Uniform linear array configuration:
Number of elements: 48
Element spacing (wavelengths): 1
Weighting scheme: hann
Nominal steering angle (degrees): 60
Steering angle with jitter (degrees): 60.008
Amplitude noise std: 0.05
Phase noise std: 0.05

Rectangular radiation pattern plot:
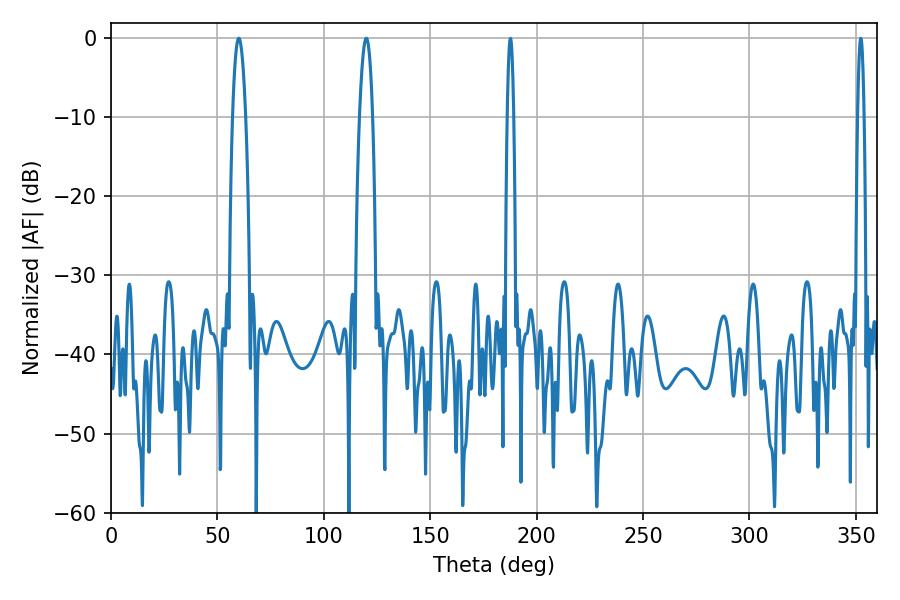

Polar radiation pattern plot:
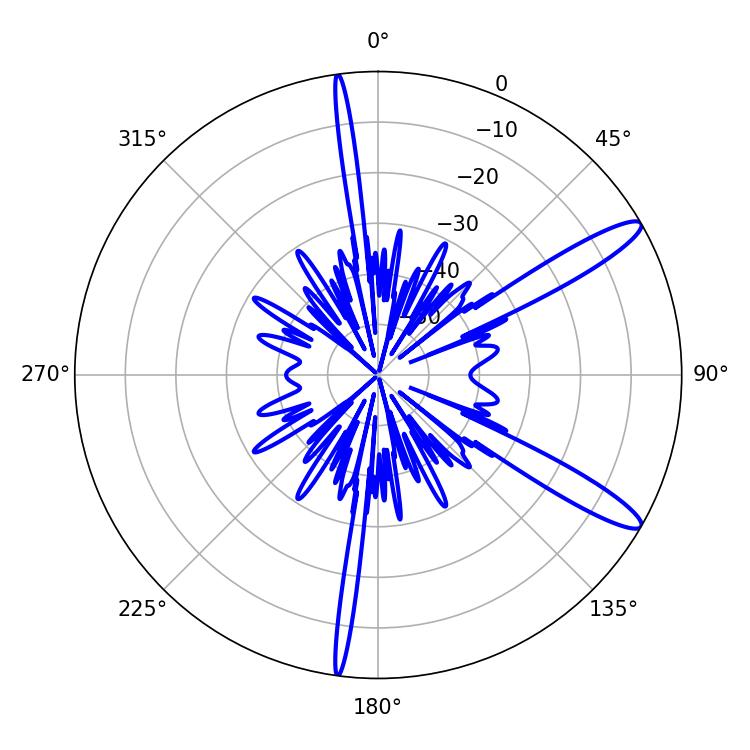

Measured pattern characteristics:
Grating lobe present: TRUE
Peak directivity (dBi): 12.87
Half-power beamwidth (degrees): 3.42
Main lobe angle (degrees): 60.12